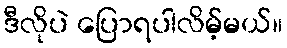
ဒီလိုပဲ ပြောရပါလိမ့်မယ်။